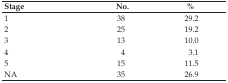
| Stage | No. | % |
 | --- | --- | --- |
 | 1 | 38 | 29.2 |
 | 2 | 25 | 19.2 |
 | 3 | 13 | 10.0 |
 | 4 | 4 | 3.1 |
 | 5 | 15 | 11.5 |
 | NA | 35 | 26.9 |